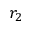
r _ { 2 }